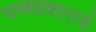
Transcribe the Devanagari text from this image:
धम्मप्रसारार्थ